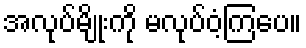
အလုပ်မျိုးကို မလုပ်ဝံ့ကြပေ။